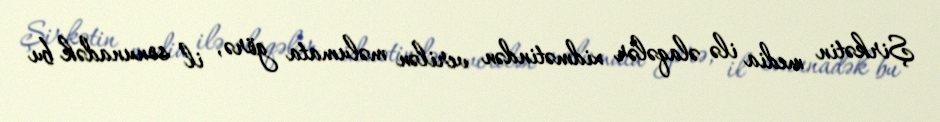
Şirkətin media ilə əlaqələr xidmətindən verilən məlumata görə, il sonunadək bu